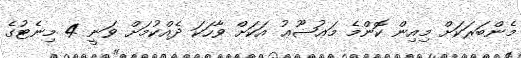
މެންބަރަކަށް މިއިން ކޮންމެ މަޢުޟޫޢު އަކަށް ވާހަކަ ދެއްކުމަށް ވަނީ 4 މިނެޓުގެ